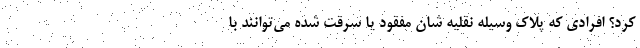
کرد؟ افرادی که پلاک وسیله نقلیه شان مفقود یا سرقت شده می‌توانند با